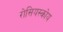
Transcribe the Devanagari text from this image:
रोसियस्कोय